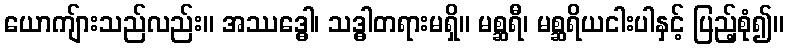
ယောကျ်ားသည်လည်း။ အဿဒ္ဓေါ၊ သဒ္ဓါတရားမရှိ။ မစ္ဆရီ၊ မစ္ဆရိယငါးပါနှင့် ပြည့်စုံ၍။